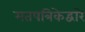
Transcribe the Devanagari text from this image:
मतपत्रिकेद्वारे